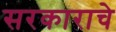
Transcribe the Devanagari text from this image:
सरकाराचे